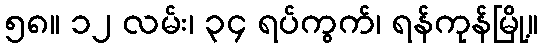
၅၈။ ၁၂ လမ်း၊ ၃၄ ရပ်ကွက်၊ ရန်ကုန်မြို့။